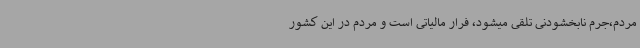
مردم،جرم نابخشودنی تلقی میشود، فرار مالیاتی است و مردم در این کشور